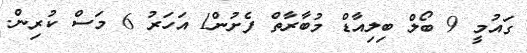
ގައުމީ 9 ބޯލް ބިލިއާޑް މުބާރާތް ފެށުން1 އަހަރު 6 މަސް ކުރިން.